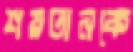
শয়তানকে